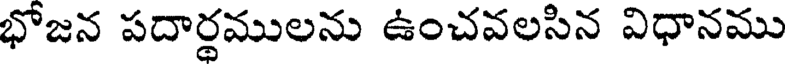
భోజన పదార్థములను ఉంచవలసిన విధానము